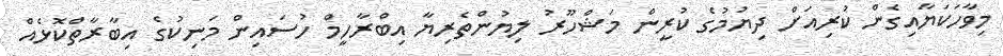
މިވާހަކަޔާއިގެން ކުރިއަށް ދިޔުމުގެ ކުރީން މަޝްހޫރު ލިޔުންތެރިޔާ އިބްރާހީމް ހުސައިން މަނިކުގެ އިބާރާތްކޮޅެއް